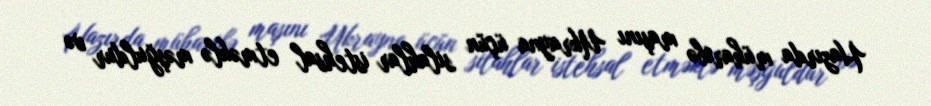
Hazırda müharibə maşını Ukrayna üçün silahlar istehsal etməklə məşğuldur və